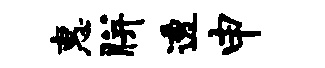
惠胼透申